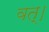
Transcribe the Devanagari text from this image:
वत्।